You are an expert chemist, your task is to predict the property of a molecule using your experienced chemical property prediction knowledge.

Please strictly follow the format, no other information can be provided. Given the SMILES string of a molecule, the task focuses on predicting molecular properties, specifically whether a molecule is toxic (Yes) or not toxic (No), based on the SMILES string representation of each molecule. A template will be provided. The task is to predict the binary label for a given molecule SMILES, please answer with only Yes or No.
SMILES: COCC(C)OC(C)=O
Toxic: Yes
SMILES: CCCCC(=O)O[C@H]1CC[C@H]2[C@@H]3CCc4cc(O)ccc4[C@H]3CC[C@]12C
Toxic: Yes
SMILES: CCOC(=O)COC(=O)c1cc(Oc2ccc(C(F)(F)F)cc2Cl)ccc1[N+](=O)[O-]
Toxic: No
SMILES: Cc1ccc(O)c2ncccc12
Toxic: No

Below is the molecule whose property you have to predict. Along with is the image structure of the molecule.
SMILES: CC(C)NC(C)Cc1ccc(I)cc1
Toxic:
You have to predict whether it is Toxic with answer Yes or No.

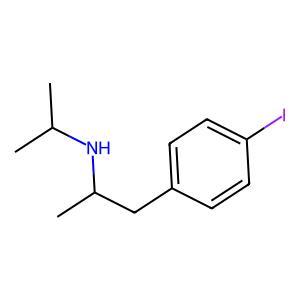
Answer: No